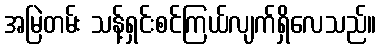
အမြဲတမ်း သန့်ရှင်းစင်ကြယ်လျက်ရှိလေသည်။